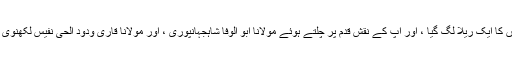
پھر تو ممبئی میں مسلک دیوبند کے خطیبوں اور عالموں کا ایک ریلا لگ گیا ، اور آپ کے نقش قدم پر چلتے ہوئے مولانا ابو الوفا شاہجہانپوریؒ ، اور مولانا قاری ودود الحی نفیس لکھنویؒ ، اور جناب پالن حقانی نے تو یہاں کا نقشہ ہی بدل دیا ۔